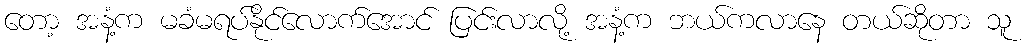
တော့ အနံ့က မခံမရပ်နိုင်လောက်အောင် ပြင်းလာလို့ အနံ့က ဘယ်ကလာနေ တယ်ဆိုတာ သူ